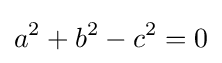
a^{2}+b^{2}-c^{2}=0